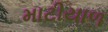
માટીયાળ